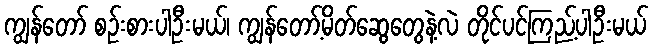
ကျွန်တော် စဉ်းစားပါဦးမယ်၊ ကျွန်တော့်မိတ်ဆွေတွေနဲ့လဲ တိုင်ပင်ကြည့်ပါဦးမယ်